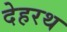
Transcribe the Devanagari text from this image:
देहरथ